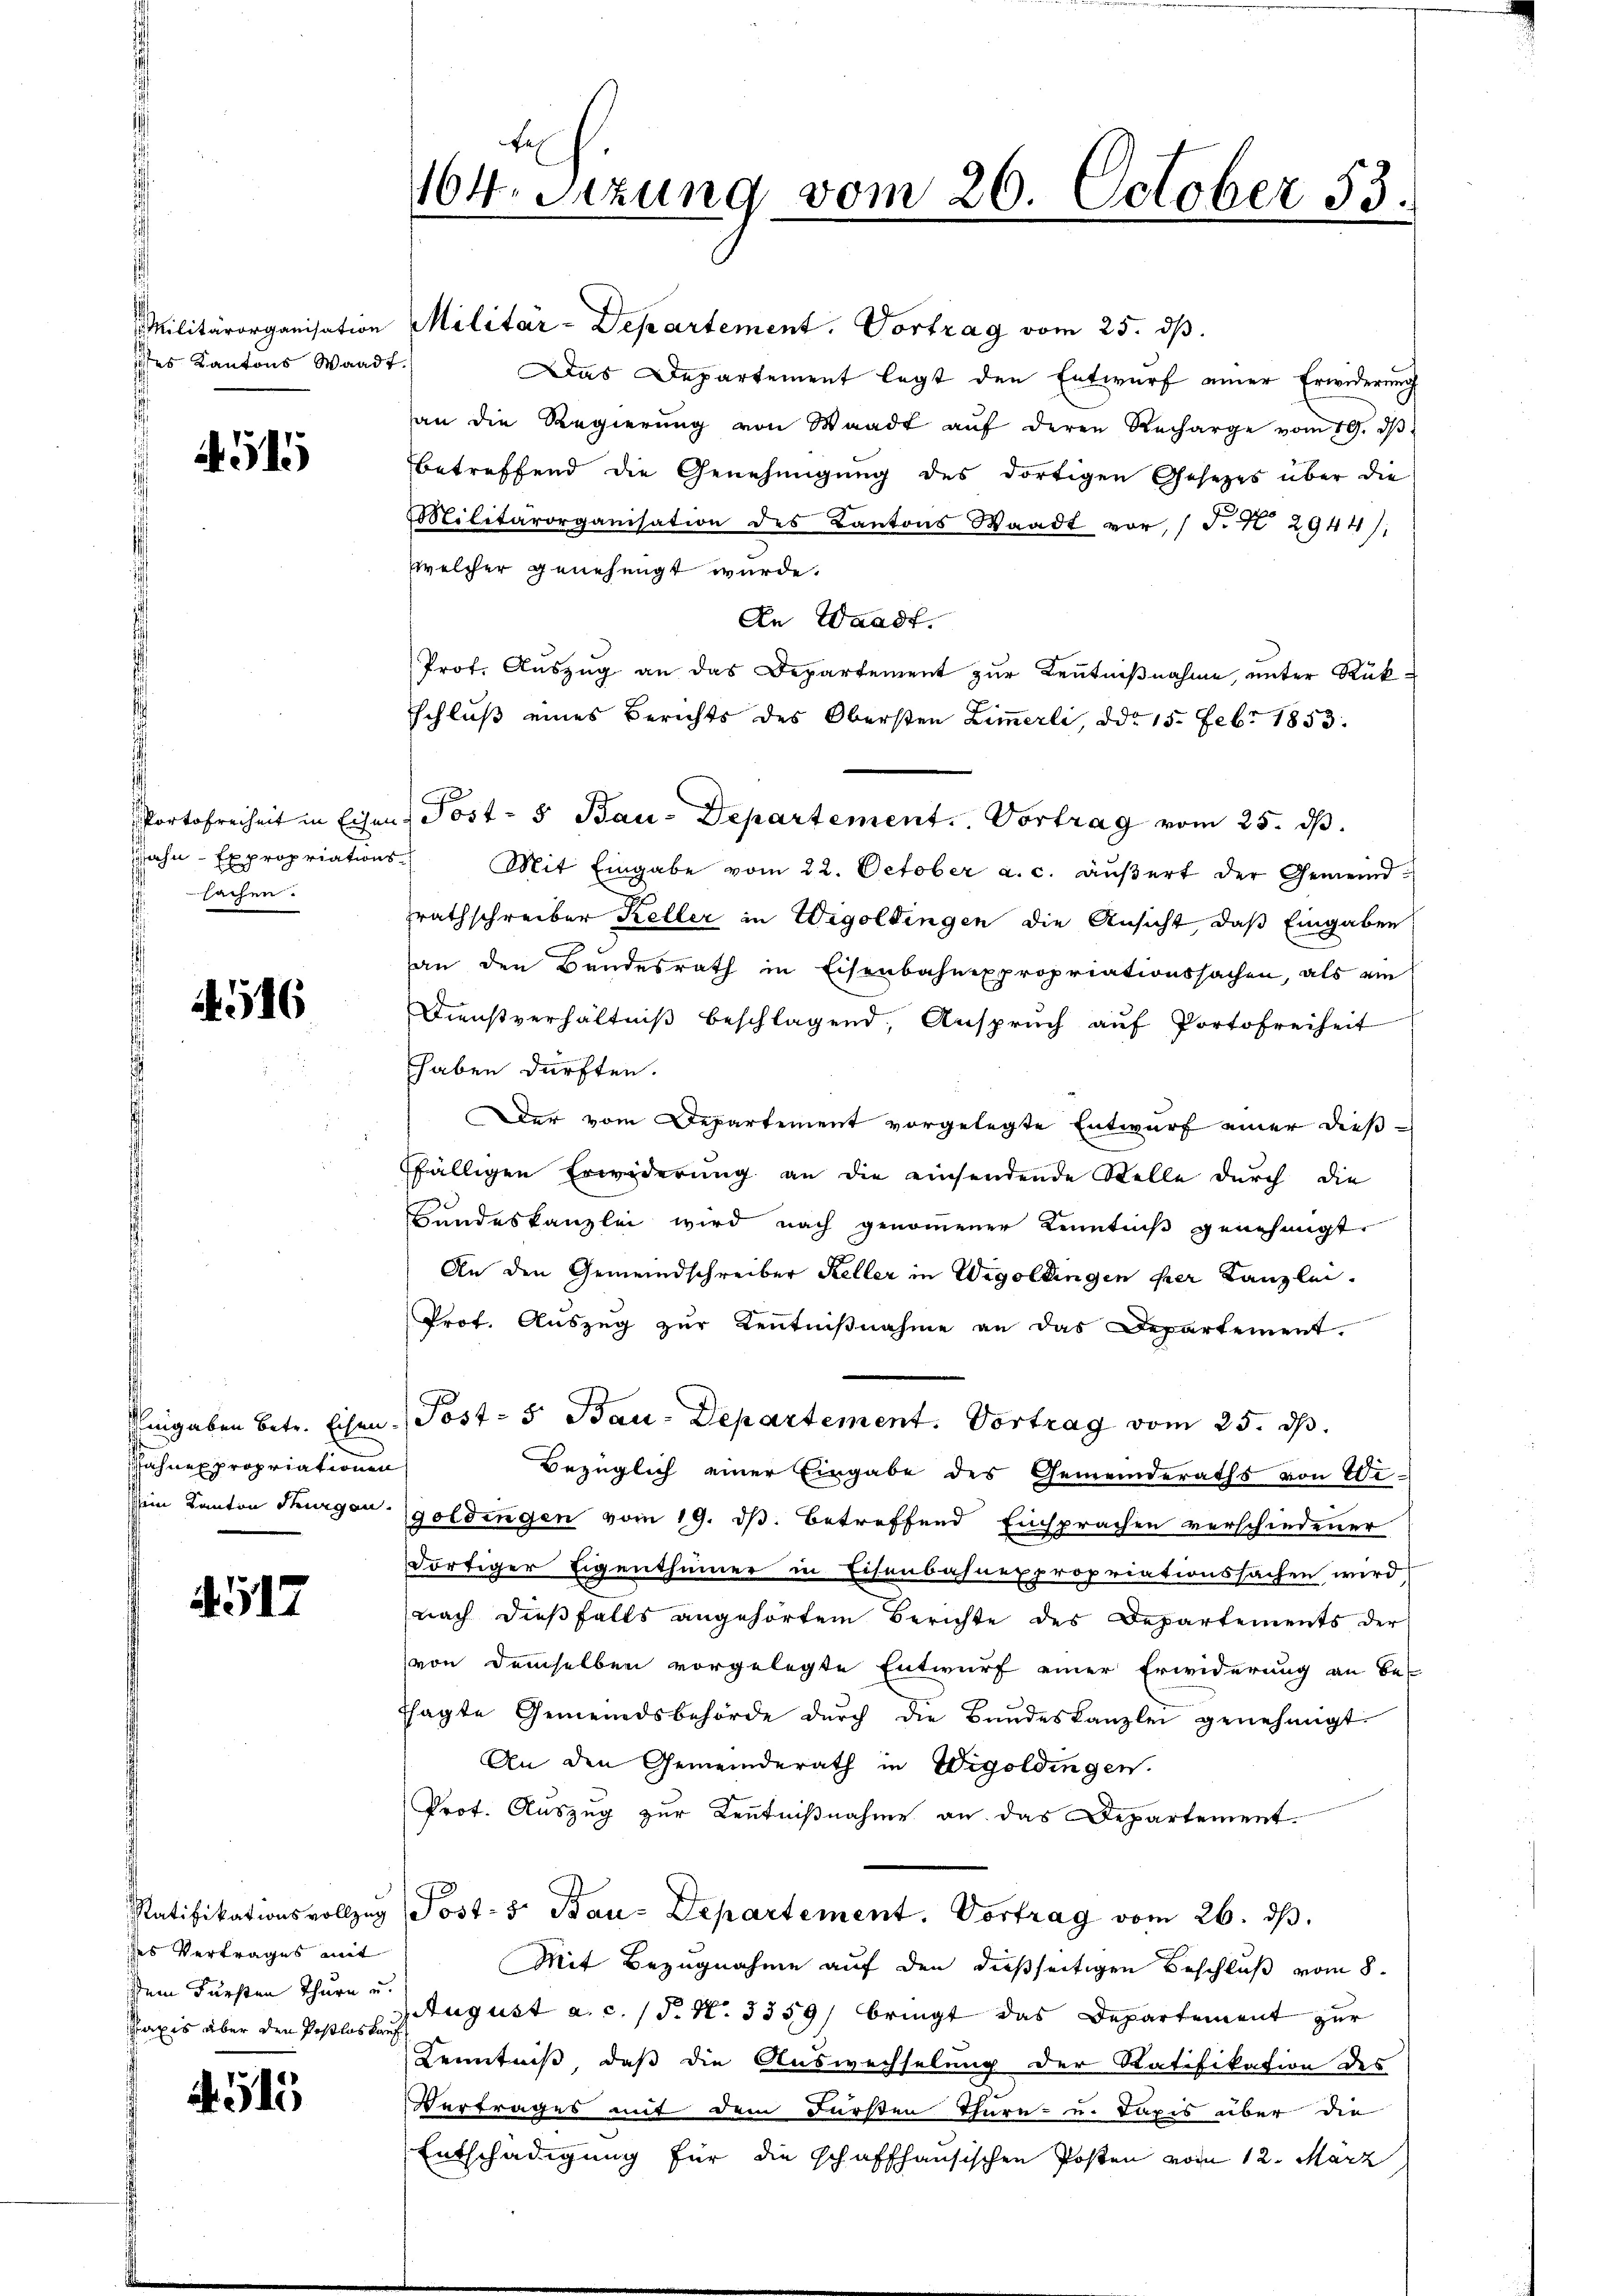
iches Kantons Waadt.

451

sachen.

A. 516

Sahnexpropriationen

517

dses Vertrages mit
Dem Fürsten Thurn u.

4515

164. Sitzung vom 26. October 53.

Militärorganisation Militar-Departement. Vortrag vom 25. dβ.
Das Departement legt den Entwurf einer Erwiderung
an die Regierŭng von Waadt aŭf deren Recharge vom 19. dβ
betreffend die Genehmigung des dortigen Gesezes über die
Militärorganisation des Kantons Waadt vor, (T. K. 2944),
welcher genehmigt wurde.
An Waadt.
Prof. Auszug an das Departement zur Kenntnißnahme, unter Rükschluß eines Berichts des Obersten Zimmerli, ddo 15. Febr 1853.
Portofreiheit in Eisen Post- u Bau-Departement. Vortrag vom 25. dβ.
ahn- Expropriations- Mit Eingabe vom 22. October a. c. aŭβert der Gemeindzrathschreiber Keller in Wigoldingen die Ansicht, daß Eingaben
an den Bundesrath in Eisenbahnexpropriationssachen, als ein
Dienstverhältniβ beschlagend, Ansprŭch aŭf Portofreiheit
Ehaben dürften.
Der vom Departement vorgelegte Entwurf einer dießffälligen Erwiderung an die einsendende Stelle durch die
Bundeskanzlei wird nach genommener Kenntniß genehmigt.
An den Gemeindschreiber Keller in Wigoldingen her Kanzlei-
Prot. Auszug zur Kentniβnahme an das Departement.
Ringaben betr. Eisen Post- 5. Bau-Departement. Vortrag vom 25. ds.
Bezüglich einer Eingabe des Gemeinderaths von Wi¬
Dein Kanton Thurgan goldingen vom 19. ds. betreffend Einsprachen verschiedener
dortiger Eigenthümer in Eisenbahnexpropriationssachen wird
nach dießfalls angehörtem Berichte des Departements der
von demselben vorgelegte Entwurf einer Erwiderung an be-
tsagte Gemeindsbehörde dŭrch die Bundeskanzlei genehmigt
An den Gemeinderath in Wigoldingen.
Prot. Auszug zur Kenntnißnahme an das Departement.
Ratifikationsvollzug Post- 5. Bau-Departement. Vortrag vom 26. dβ.
Mit Bezugnahme auf den dießseitigen Beschluß vom 8.
Paxis aber den Posts Tugust a. c. (N. N. 3359) bringt das Departement zur
Kenntniß, daß die Auswechselung der Ratifikation des
Vertrages mit dem Fürsten Thurn- u. Dapis über die
Entschädigung für die schaffhausischen Posten vom 12. März